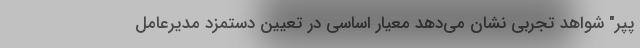
پپر" شواهد تجربی نشان می‌دهد معیار اساسی در تعیین دستمزد مدیرعامل